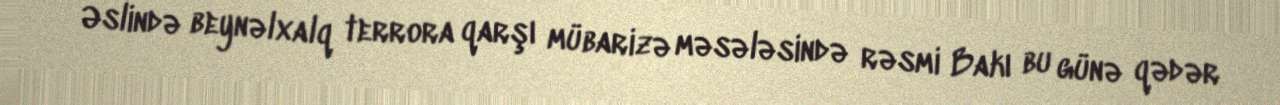
Əslində beynəlxalq terrora qarşı mübarizə məsələsində rəsmi Bakı bu günə qədər